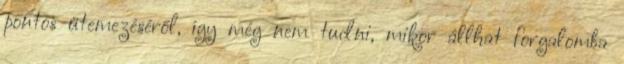
pontos ütemezéséről, így még nem tudni, mikor állhat forgalomba